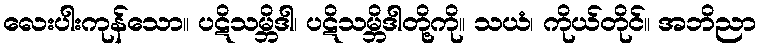
လေးပါးကုန်သော။ ပဋိသမ္ဘိဒါ၊ ပဋိသမ္ဘိဒါတို့ကို။ သယံ၊ ကိုယ်တိုင်။ အဘိညာ